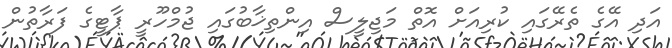
އަދި އޭގެ ތެރޭގައި ކުރިއަށް އޮތް މަޖިލީސް އިންތިޚާބުގައި ޖުމްހޫރީ ޕާޓީގެ ފަރާތުން